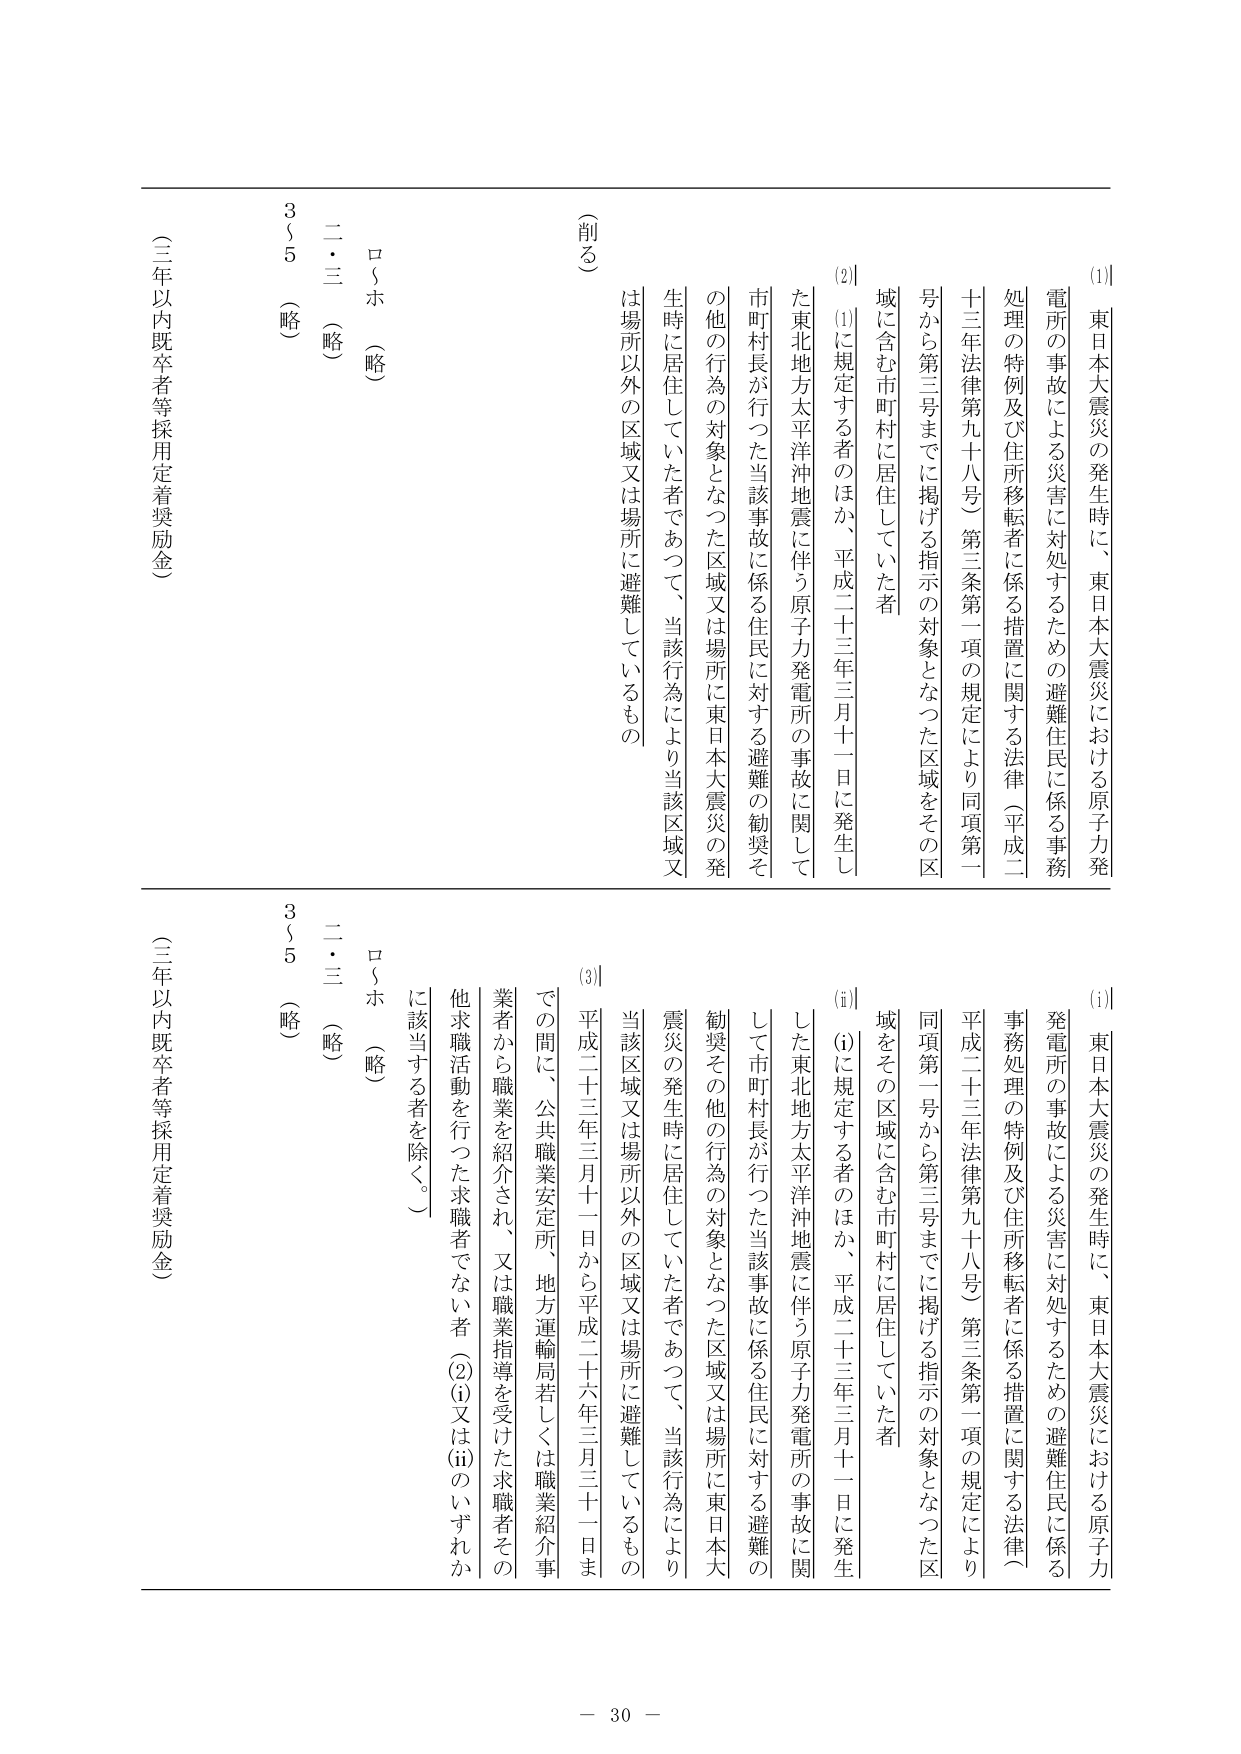
(1) 東日本大震災の発生時に、東日本大震災における原子力発電所の事故による災害に対処するための避難住民に係る事務処理の特例及び住所移転者に係る措置に関する法律（平成二十三年法律第九十八号）第三条第一項の規定により同項第一号から第三号までに掲げる指示の対象となった区域をその区域に含む市町村に居住していた者

(2) (1)に規定する者のほか、平成二十三年三月十一日に発生した東北地方太平洋沖地震に伴う原子力発電所の事故に関して市町村長が行った当該事故に係る住民に対する避難の勧奨その他の行為の対象となった区域又は場所に東日本大震災の発生時に居住していた者であって、当該行為により当該区域又は場所以外の区域又は場所に避難しているもの

(削る)

ロ（ホ）（略）
二・三（略）
3（5）（略）
（三年以内既卒者等採用定着奨励金）

(1) 東日本大震災の発生時に、東日本大震災における原子力発電所の事故による災害に対処するための避難住民に係る事務処理の特例及び住所移転者に係る措置に関する法律（平成二十三年法律第九十八号）第三条第一項の規定により同項第一号から第三号までに掲げる指示の対象となった区域をその区域に含む市町村に居住していた者

(ⅱ) (1)に規定する者のほか、平成二十三年三月十一日に発生した東北地方太平洋沖地震に伴う原子力発電所の事故に関して市町村長が行った当該事故に係る住民に対する避難の勧奨その他の行為の対象となった区域又は場所に東日本大震災の発生時に居住していた者であって、当該行為により当該区域又は場所以外の区域又は場所に避難しているもの

(3) 平成二十三年三月十一日から平成二十六年三月三十一日までの間に、公共職業安定所、地方運輸局若しくは職業紹介事業者から職業を紹介され、又は職業指導を受けた求職者その他の求職活動を行った求職者でない者（(2)(i)又は(ii)のいずれかに該当する者を除く。）

ロ（ホ）（略）
二・三（略）
3（5）（略）
（三年以内既卒者等採用定着奨励金）

－ 30 －